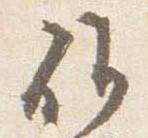
候